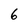
Character: 6